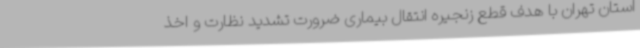
استان تهران با هدف قطع زنجیره انتقال بیماری ضرورت تشدید نظارت و اخذ